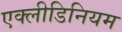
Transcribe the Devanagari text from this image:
एक्लीडिनियम